Report on vaccination North-West Frontier Province 1904-1922 - 1904-1922
Year: 1904
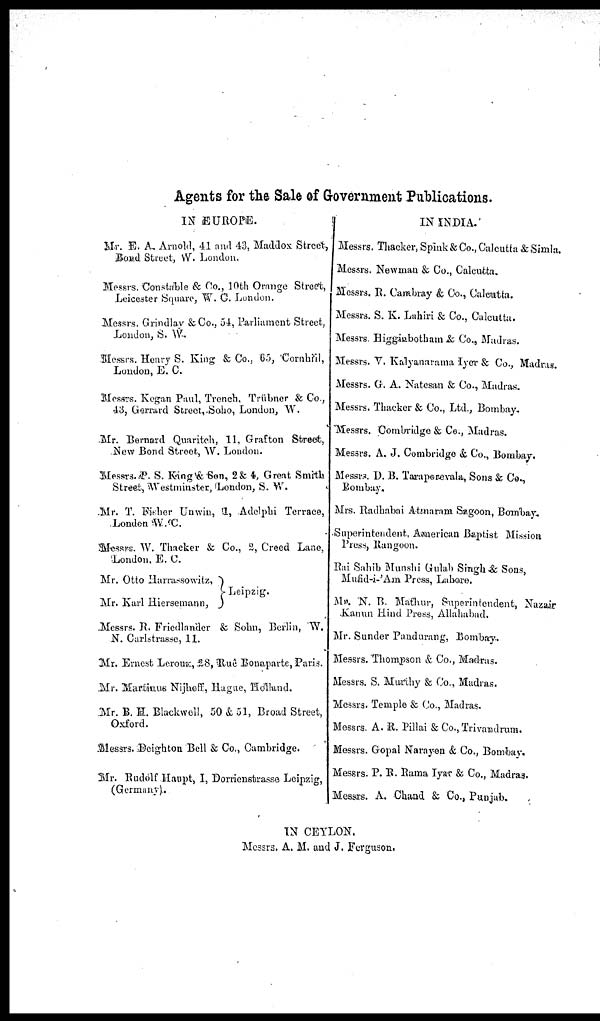
Agents for the Sale of Government Publications.
IN EUROPE.
Mr. E. A. Arnold, 41 and 43, Maddox Street,
Bond Struct, W. London.
Messrs. Constable & Co., 10th Orange Street,
Leicester Square, W. C. London.
Messrs. Grindlay & Co., 54, Parliament Street,
London, S. W.
Messrs. Henry S. King & Co., 65, Cornhill,
London, E. C.
Messrs. Kegan Paul, Trench, Trübner & Co.,
43, Gerrard Street,.Soho, London, W.
Mr. Bernard Quaritch, 11, Grafton Street,
New Bond Street, W. London.
Messrs. P. S. King & Son, 2& 4, Great Smith
Street, Westminster, London, S. W.
Mr. T. Fisher Unwin, 11, Adelphi Terrace,
London W. C.
Messrs. W. Thacker & Co., 2, Creed Lane,
London. E. C.
Mr. Otto Harrassowitz,
Mr. Karl Hiersemann,
Leipzig.
Messrs. R. Friedlander & Sohn, Berlin, W.
N. Carlstrasse, 11.
Mr. Ernest Leroux, 28, Ruê Bonaparte, Paris.
Mr. Martinus Nijhoff, Hague, Holland.
Mr. B. H. Blackwell, 50 & 51, Broad Street,
Oxford.
Messrs. Deighton Bell & Co., Cambridge.
Mr. Rudolf Haupt, I, Dorrienstrasse Leipzig,
(Germany).
IN INDIA.
Messrs. Thacker, Spink & Co., Calcutta & Simla.
Messrs. Newman & Co., Calcutta.
Messrs. R. Cambray & Co., Calcutta.
Messrs. S. K. Lahiri & Co., Calcutta.
Messrs. Higginbotham & Co., Madras.
Messrs. V. Kalyanarama Iyer & Co., Madras.
Messrs. G. A. Natesan & Co., Madras.
Messrs. Thacker & Co., Ltd., Bombay.
Messrs. Combridge & Co., Madras.
Messrs. A. J. Combridge & Co., Bombay.
Messrs. D. B. Taraporewala, Sons & Co.,
Bombay.
Mrs. Radhabai Atmaram Sagoon, Bombay.
Superintendent, American Baptist Mission
Press, Rangoon.
Rai Sahib Munshi Gulab Singh & Sons,
Mufid-i-'Am Press, Lahore.
Mr. N. B. Mathur, Superintendent, Nazair
Kanun Hind Press, Allahabad.
Mr. Sunder Pandurang, Bombay.
Messrs. Thompson & Co., Madras.
Messrs. S. Murthy & Co., Madras.
Messrs. Temple & Co., Madras.
Messrs. A. R. Pillai & Co., Trivandrum.
Messrs. Gopal Narayen & Co., Bombay.
Messrs. P. R. Rama Iyar & Co., Madras.
Messrs. A. Chand & Co., Punjab.
IN CEYLON.
Messrs. A. M. and J. Ferguson.